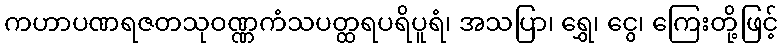
ကဟာပဏရဇတသုဝဏ္ဏကံသပတ္ထရပရိပူရံ၊ အသပြာ၊ ရွှေ၊ ငွေ၊ ကြေးတို့ဖြင့်